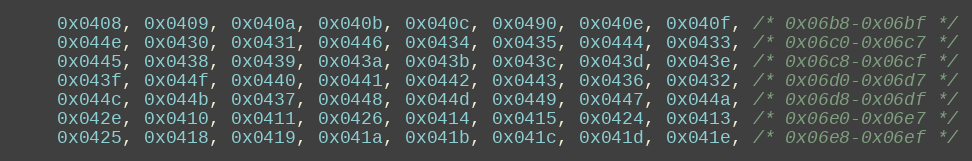
Language: C
    0x0408, 0x0409, 0x040a, 0x040b, 0x040c, 0x0490, 0x040e, 0x040f, /* 0x06b8-0x06bf */
    0x044e, 0x0430, 0x0431, 0x0446, 0x0434, 0x0435, 0x0444, 0x0433, /* 0x06c0-0x06c7 */
    0x0445, 0x0438, 0x0439, 0x043a, 0x043b, 0x043c, 0x043d, 0x043e, /* 0x06c8-0x06cf */
    0x043f, 0x044f, 0x0440, 0x0441, 0x0442, 0x0443, 0x0436, 0x0432, /* 0x06d0-0x06d7 */
    0x044c, 0x044b, 0x0437, 0x0448, 0x044d, 0x0449, 0x0447, 0x044a, /* 0x06d8-0x06df */
    0x042e, 0x0410, 0x0411, 0x0426, 0x0414, 0x0415, 0x0424, 0x0413, /* 0x06e0-0x06e7 */
    0x0425, 0x0418, 0x0419, 0x041a, 0x041b, 0x041c, 0x041d, 0x041e, /* 0x06e8-0x06ef */